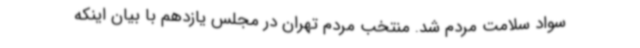
سواد سلامت مردم شد. منتخب مردم تهران در مجلس یازدهم با بیان اینکه